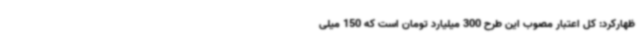
ظهارکرد: کل اعتبار مصوب این طرح 300 میلیارد تومان است که 150 میلی